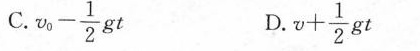
C. $$v_{ 0 } - \frac { 1 } { 2 } g t$$ D. $$v + \frac { 1 } { 2 } g t$$